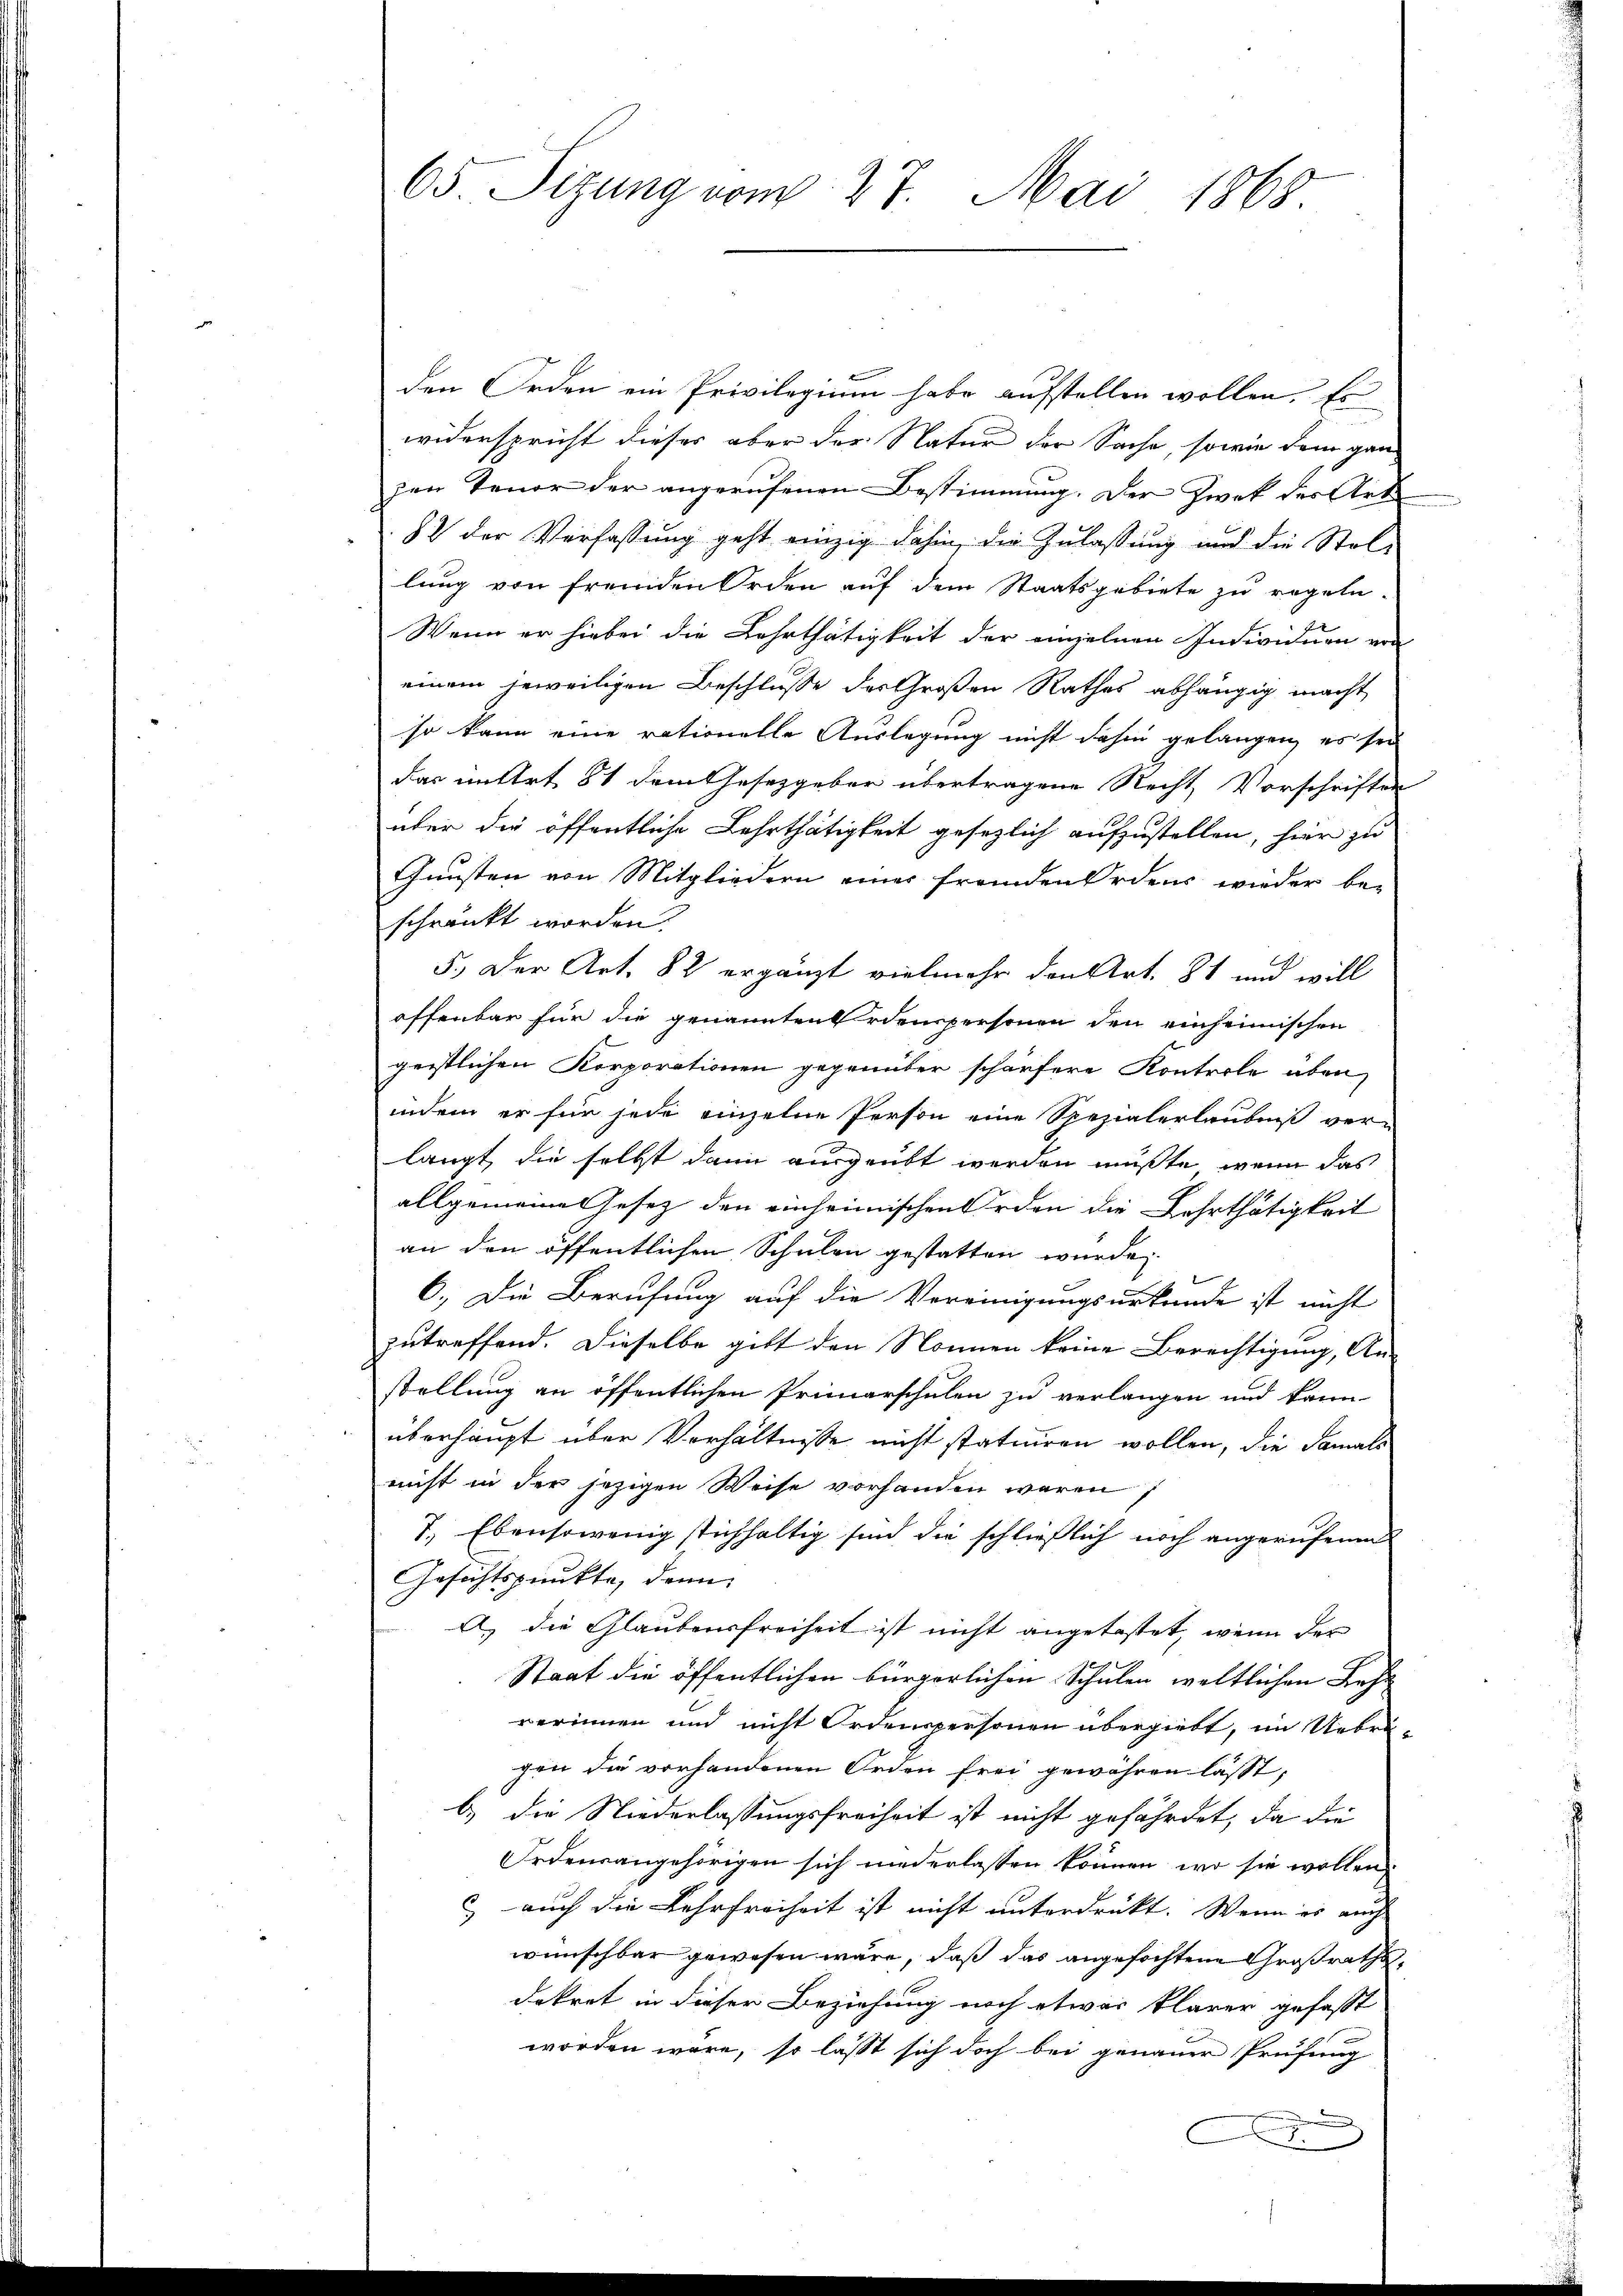
den Orden ein Privilegium habe aufstellen wollen. Es
widerspricht dieser aber der Natur der Sache, sowie dem ganzen Tenor der angerufenen Bestimmung. Der Zwek der Art.
82 der Verfassung geht einzig dahin, die Zulassung und die Stel-
lung von fremden Orden auf dem Staatsgebiete zu regeln.
Wenn er hiebei die Lehrthätigkeit der einzelnen Individuen von
einem jeweiligen Beschlusse des Großen Rathes abhängig macht
so kann eine rationelle Auslegung nicht dahin gelangen, es sei
das untert 81 dem Gesetzgeber übertragene Recht Vorschriften
über die öffentliche Lehrthätigkeit gesezlich aufzustellen, hier zu
Gunsten von Mitgliedern einer fremden Ordens wieder be-
schränkt worden.
5.) Der Art. 82 ergänzt vielmehr den Art. 81 und will
offenbar für die genannten Erdenspersonen den einheimischen
geistlichen Korporationen gegenüber schärfere Kontrole aben
indem er für jede einzelne Person eine Spezialerlaubniß ver-
langt, die selbst dann ausgeübt werden mußte, wenn das
allgemeine Gesetz den einheimischen Orden die Lehrthätigkeit
an den öffentlichen Schulen gestatten wurde.
6.) Die Berufung auf die Vereinigungsurkunde ist nicht
zutreffend. Dieselbe gibt den Nonnen keine Berechtigung, An-
stellung an öffentlichen Primarschulen zu verlangen und kann-
überhaupt über Verhältnisse nicht statuiren wollen, die Samals
nicht in der jezigen Weise vorhanden waren,
7. Ebensowenig stichhaltig sind die schließlich noch angerufenen
Gesichtspunkte, dann
A. die Glaubensfreiheit ist nicht angetastet, wenn der
Staat die öffentlichen bürgerlichen Schulen weltlichen Lehr
verinnen und nicht Ordenspersonen übergiebt, im Uebri-
gen die vorhandenen Orden frei gewähren lässt,
l) die Niederlassungsfreiheit ist nicht gefährdet, da die
Ordensangehörigen sich niederlassen können, wo sie wollen
c, auch die Lehrfreiheit ist nicht unterdrückt. Wenn es auch
wünschbar gewesen wäre, daß das angefochtene Großrathsdekret in dieser Beziehung noch etwas klarer gefasst
worden wäre, so lässt sich doch bei genauer Prüfung

65. Sizung vom 27. Mai 1868.